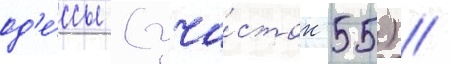
од'е́ссы (уча́сток 55) //